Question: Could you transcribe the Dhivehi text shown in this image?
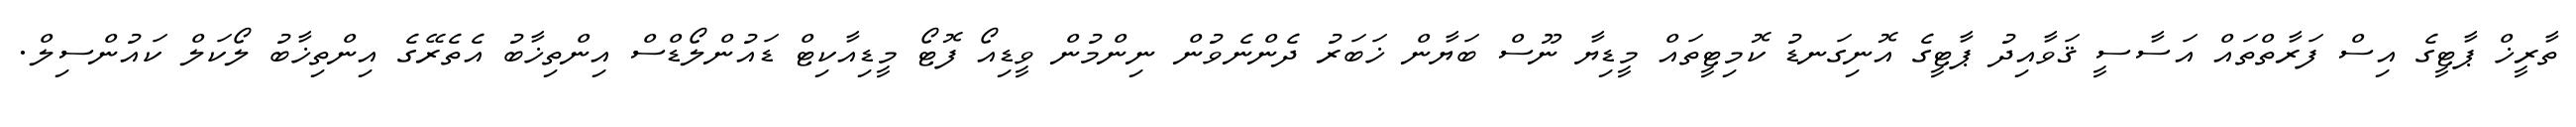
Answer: ތާރީޚް ޕާޓީގެ އިސް ފަރާތްތައް އަސާސީ ޤަވާއިދު ޕާޓީގެ އޮނިގަނޑު ކޮމިޓީތައް މީޑިޔާ ނޫސް ބަޔާން ޚަބަރު ދެންނެވުން ނިންމުން ވީޑިއޯ ފޮޓޯ މީޑިއާކިޓް ޑައުންލޯޑްސް އިންތިޚާބު އެތެރޭގެ އިންތިޚާބު ލޯކަލް ކައުންސިލް.